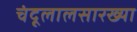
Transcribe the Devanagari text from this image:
चंदूलालसारख्या